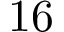
1 6